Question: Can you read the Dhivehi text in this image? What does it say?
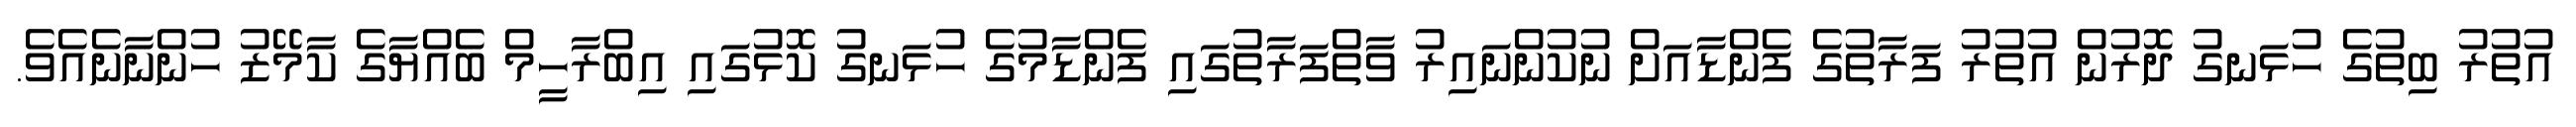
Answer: އުތުރު ބިތުގެ ހުޅަނގު ދޮރުން އުތުރު ފަރާތުގެ ފެންޑާއަށް ނުކުންނައިރު ވާތްފަރާތުގައި ފެންޑާމުގެ ހުޅަނގު ކޮޅުގައި އިބްރާހީމް ބެއްޔާގެ ކާމޭޒު ހުންނާނެއެވެ.